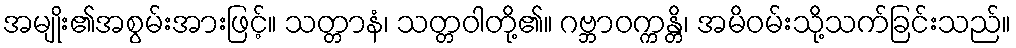
အမျိုး၏အစွမ်းအားဖြင့်။ သတ္တာနံ၊ သတ္တဝါတို့၏။ ဂဗ္ဘာဝက္ကန္တိ၊ အမိဝမ်းသို့သက်ခြင်းသည်။